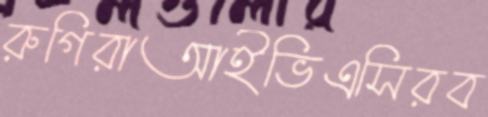
রুগিরাআইভিএসিরব